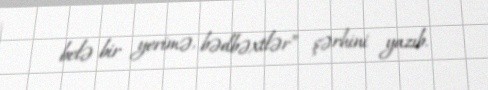
belə bir yerimə, bədbəxtlər” şərhini yazıb.